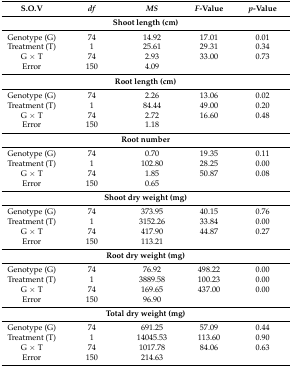
<table><thead><tr><td><b>S.O.V</b></td><td><b><i>df</i></b></td><td><b><i>MS</i></b></td><td><b><i>F</i>-Value</b></td><td><b><i>p</i>-Value</b></td></tr></thead><tbody><tr><td colspan="5"><b>Shoot length (cm)</b></td></tr><tr><td>Genotype (G)</td><td>74</td><td>14.92</td><td>17.01</td><td>0.01</td></tr><tr><td>Treatment (T)</td><td>1</td><td>25.61</td><td>29.31</td><td>0.34</td></tr><tr><td>G × T</td><td>74</td><td>2.93</td><td>33.00</td><td>0.73</td></tr><tr><td>Error</td><td>150</td><td>4.09</td><td></td><td></td></tr><tr><td colspan="5"><b>Root length (cm)</b></td></tr><tr><td>Genotype (G)</td><td>74</td><td>2.26</td><td>13.06</td><td>0.02</td></tr><tr><td>Treatment (T)</td><td>1</td><td>84.44</td><td>49.00</td><td>0.20</td></tr><tr><td>G × T</td><td>74</td><td>2.72</td><td>16.60</td><td>0.48</td></tr><tr><td>Error</td><td>150</td><td>1.18</td><td></td><td></td></tr><tr><td colspan="5"><b>Root number</b></td></tr><tr><td>Genotype (G)</td><td>74</td><td>0.70</td><td>19.35</td><td>0.11</td></tr><tr><td>Treatment (T)</td><td>1</td><td>102.80</td><td>28.25</td><td>0.00</td></tr><tr><td>G × T</td><td>74</td><td>1.85</td><td>50.87</td><td>0.08</td></tr><tr><td>Error</td><td>150</td><td>0.65</td><td></td><td></td></tr><tr><td colspan="5"><b>Shoot dry weight (mg)</b></td></tr><tr><td>Genotype (G)</td><td>74</td><td>373.95</td><td>40.15</td><td>0.76</td></tr><tr><td>Treatment (T)</td><td>1</td><td>3152.26</td><td>33.84</td><td>0.00</td></tr><tr><td>G × T</td><td>74</td><td>417.90</td><td>44.87</td><td>0.27</td></tr><tr><td>Error</td><td>150</td><td>113.21</td><td></td><td></td></tr><tr><td colspan="5"><b>Root dry weight (mg)</b></td></tr><tr><td>Genotype (G)</td><td>74</td><td>76.92</td><td>498.22</td><td>0.00</td></tr><tr><td>Treatment (T)</td><td>1</td><td>3889.58</td><td>100.23</td><td>0.00</td></tr><tr><td>G × T</td><td>74</td><td>169.65</td><td>437.00</td><td>0.00</td></tr><tr><td>Error</td><td>150</td><td>96.90</td><td></td><td></td></tr><tr><td colspan="5"><b>Total dry weight (mg)</b></td></tr><tr><td>Genotype (G)</td><td>74</td><td>691.25</td><td>57.09</td><td>0.44</td></tr><tr><td>Treatment (T)</td><td>1</td><td>14045.53</td><td>113.60</td><td>0.90</td></tr><tr><td>G × T</td><td>74</td><td>1017.78</td><td>84.06</td><td>0.63</td></tr><tr><td>Error</td><td>150</td><td>214.63</td><td></td><td></td></tr></tbody></table>